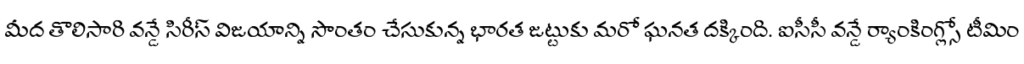
మీద తొలిసారి వన్డే సిరీస్ విజయాన్ని సొంతం చేసుకున్న భారత జట్టుకు మరో ఘనత దక్కింది. ఐసీసీ వన్డే ర్యాంకింగ్స్లో టీమిం